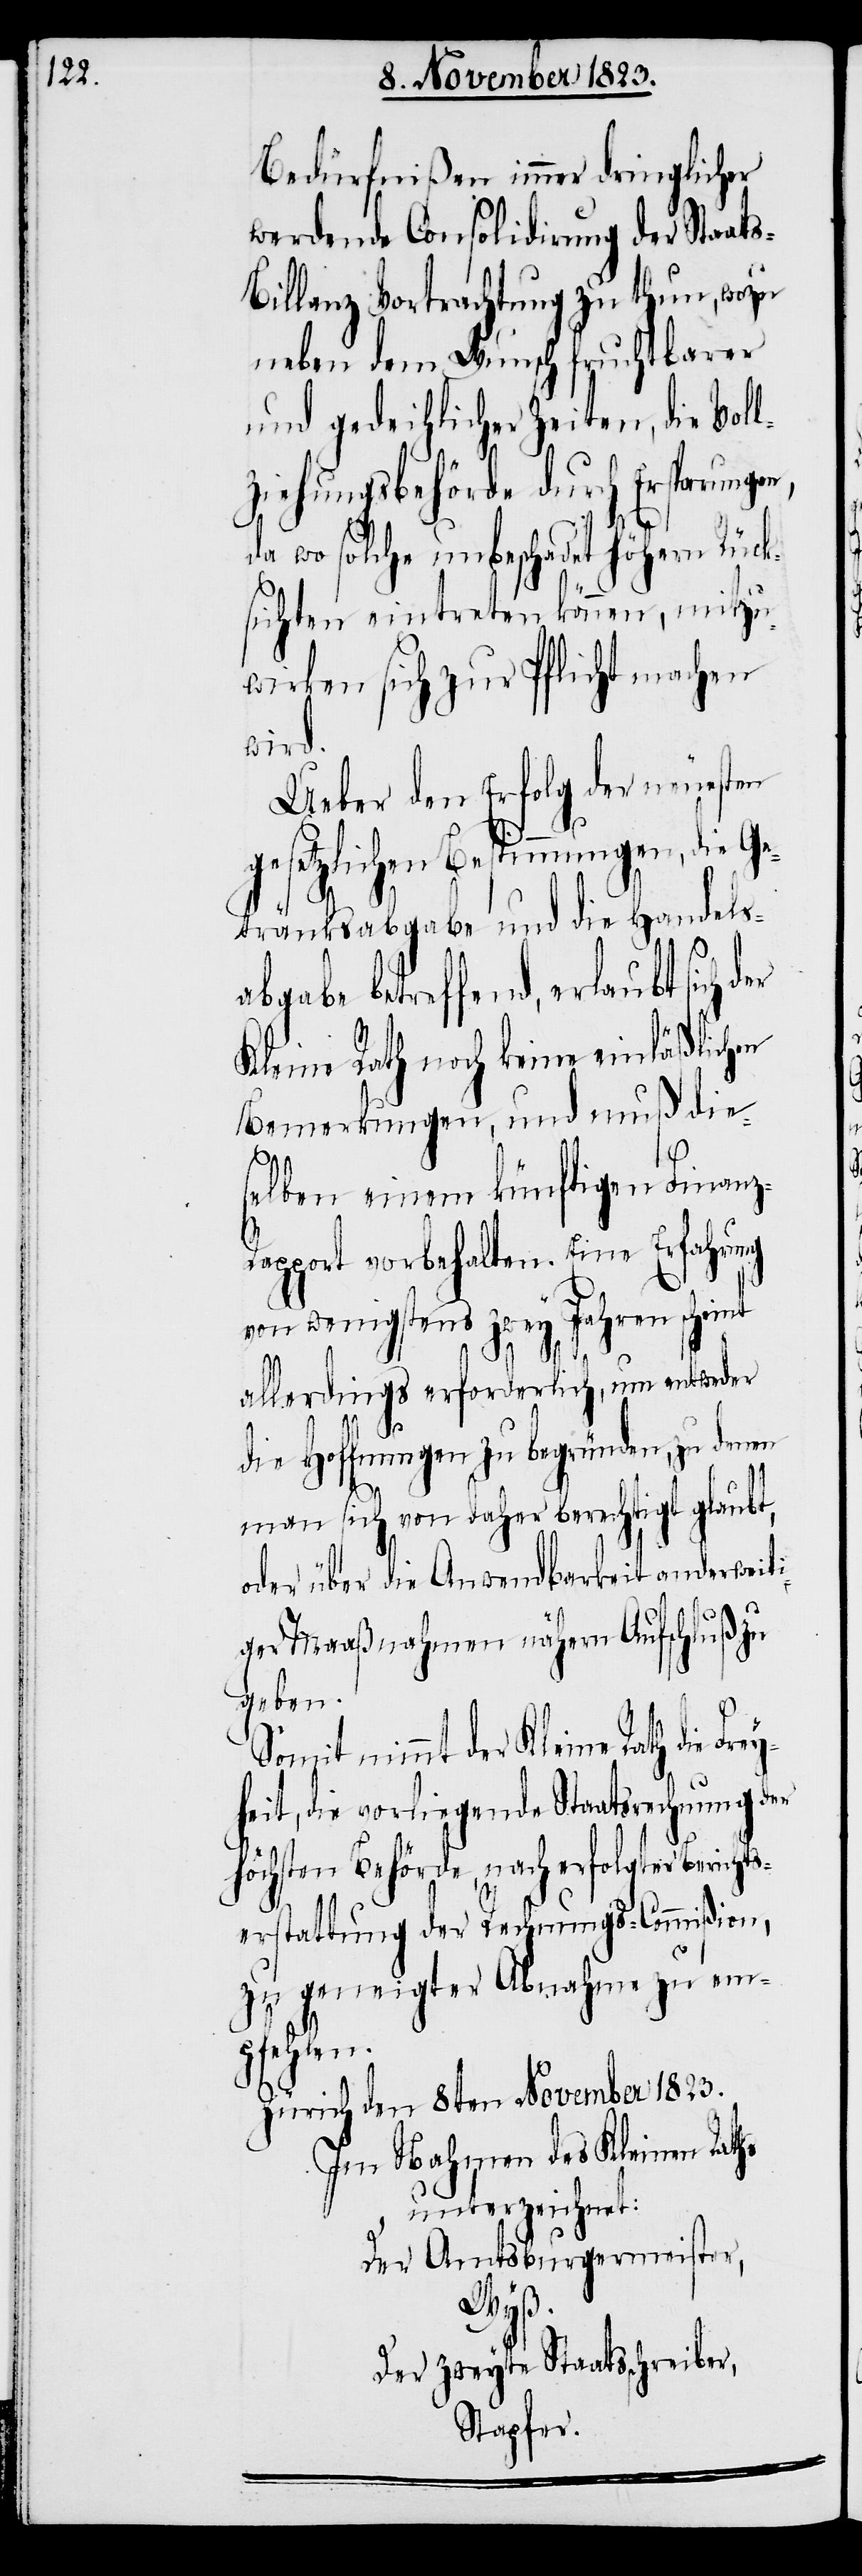
Bedürfnißen immer dringlicher
werdende Consolidirung der Staat¬
illanz Vortrachtung zu thun, wozu
neben dem Wunsch fruchtbarer
und gedeihlicher Zeiten, die Voll¬
ziehungsbehörde durch Ersparungen,
da wo solche unbeschadet höhern Rück¬
sichten eintreten können, mitzu¬
wirken sich zur Pflicht machen
wird.
Ueber den Erfolg der neuesten
gesetzlichen Bestimmungen, die Ge¬
tränksabgabe und die Handels¬
abgabe betreffend, erlaubt sich
Kleine Rath noch keine einläßlichen
Bemerkungen, und muß die¬
selben einem künftigen Finan¬
apport vorbehalten. Eine Erfahrung
von wenigstens zwey Jahren scheint
allerdings erforderlich, um entweder
hs
die Hoffnungen zu begründen, zu denen
man sich von daher berechtigt glaubt,
oder über die Anwendbarkeit anderweit¬
iger Maaßnahmen nähern Aufschluß zu
geben.
nimmt der Kleine Rath die Fre¬
yheit, die vorliegende Staatsrechnung der
höchsten Behörde, nach erfolgter Berichts¬
erstattung der Rechnungs-Commißion,
zu geneigter Abnahme zu em¬
pfehlen.
Zürich den 8ten November 1823.
Im Nahmen des Kleinen Rat¬
unterzeichnet:
Der Amtsburgermeister,
Wyß.
Der zweyte Staatsschreiber,
Stapfer.